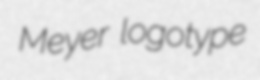
Meyer logotype